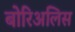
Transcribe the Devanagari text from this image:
बोरिअलिस